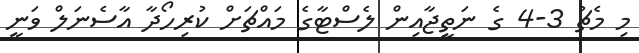
މި މެޗު 3-4 ގެ ނަތީޖާއިން ލެސްޓާގެ މައްޗަށް ކުރިހޯދާ އާސެނަލް ވަނީ